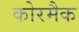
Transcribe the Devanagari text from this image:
कोरमैक